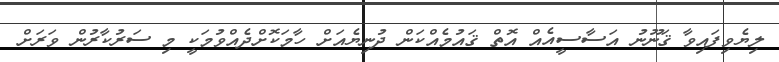
ލިޔެވިފައިވާ ޤަނޫނު އަސާސީއެއް އޮތް ޤައުމެއްކަން ދުނިޔެއަށް ހާމަކޮށްދެއްވުމަކީ މި ސަރުކާރުން ވަރަށް